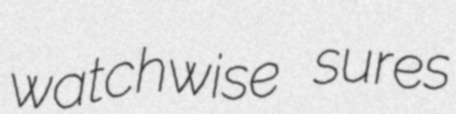
watchwise sures